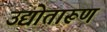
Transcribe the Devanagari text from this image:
उद्योतारूण